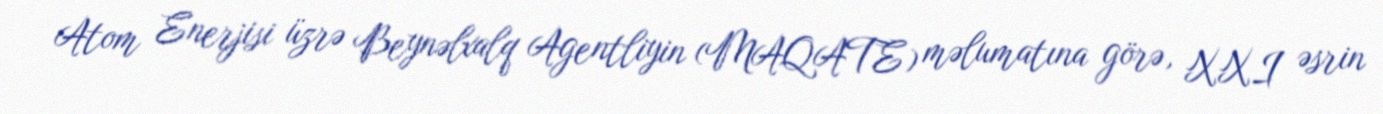
Atom Enerjisi üzrə Beynəlxalq Agentliyin (MAQATE) məlumatına görə, XXI əsrin